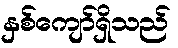
နှစ်ကျော်ရှိသည်